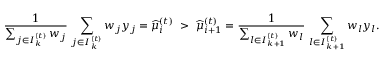
\frac { 1 } { \sum _ { j \in { \cal I } _ { k } ^ { ( t ) } } w _ { j } } \, \sum _ { j \in { \cal I } _ { k } ^ { ( t ) } } w _ { j } y _ { j } = \widehat { \mu } _ { i } ^ { ( t ) } ~ > ~ \widehat { \mu } _ { i + 1 } ^ { ( t ) } = \frac { 1 } { \sum _ { l \in { \cal I } _ { k + 1 } ^ { ( t ) } } w _ { l } } \, \sum _ { l \in { \cal I } _ { k + 1 } ^ { ( t ) } } w _ { l } y _ { l } .